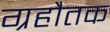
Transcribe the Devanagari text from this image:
ग्रहौतक